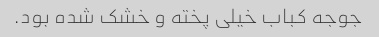
جوجه کباب خیلی پخته و خشک شده بود.